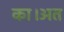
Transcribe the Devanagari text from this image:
का।अत